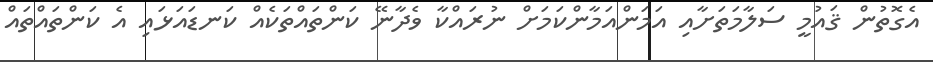
އެގޮތުން ޤައުމީ ސަލާމަތަށާއި އަމަންއަމާންކަމަށް ނުރައްކާ ވެދާނޭ ކަންތައްތަކެއް ކަނޑައަޅައި އެ ކަންތައްތައް